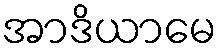
အာဒိယာမေ